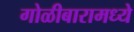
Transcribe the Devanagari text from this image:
गोळीबारामध्ये